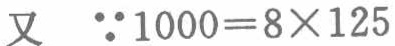
又 \(\because1000 = 8\times125\)